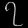
Digit: ၇